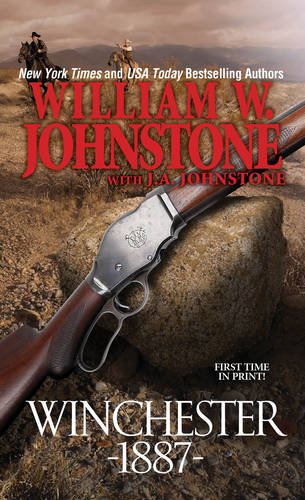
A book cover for Winchester 1887; William W. Johnstone; Literature & Fiction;